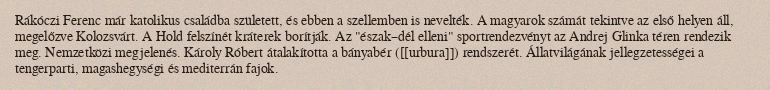
Rákóczi Ferenc már katolikus családba született, és ebben a szellemben is nevelték. A magyarok számát tekintve az első helyen áll, megelőzve Kolozsvárt. A Hold felszínét kráterek borítják. Az "észak–dél elleni" sportrendezvényt az Andrej Glinka téren rendezik meg. Nemzetközi megjelenés. Károly Róbert átalakította a bányabér ([[urbura]]) rendszerét. Állatvilágának jellegzetességei a tengerparti, magashegységi és mediterrán fajok.